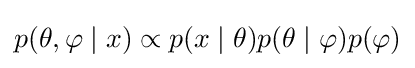
p(\theta ,\varphi \mid x)\propto p(x\mid \theta )p(\theta \mid \varphi )p(\varphi )